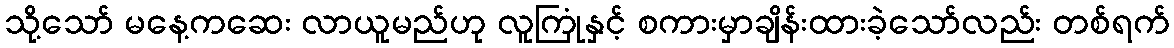
သို့သော် မနေ့ကဆေး လာယူမည်ဟု လူကြုံနှင့် စကားမှာချိန်းထားခဲ့သော်လည်း တစ်ရက်